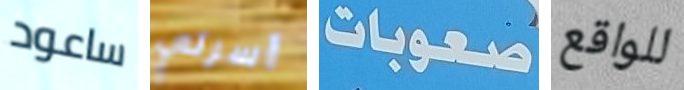
ساعود أسرتي صعوبات للواقع